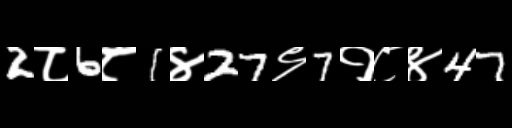
Text: 2८6८1४27९7१८४47